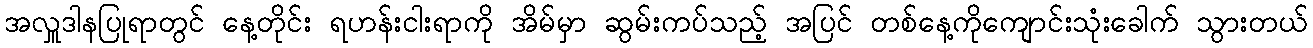
အလှူဒါနပြုရာတွင် နေ့တိုင်း ရဟန်းငါးရာကို အိမ်မှာ ဆွမ်းကပ်သည့် အပြင် တစ်နေ့ကိုကျောင်းသုံးခေါက် သွားတယ်